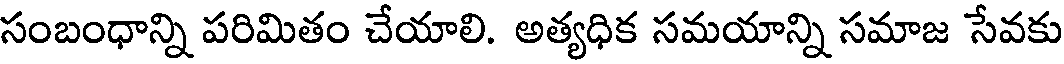
సంబంధాన్ని పరిమితం చేయాలి. అత్యధిక సమయాన్ని సమాజ సేవకు